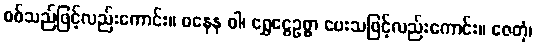
စစ်သည်ဖြင့်လည်းကောင်း။ ဓနေန ဝါ၊ ရွှေငွေဥစ္စာ ပေးသဖြင့်လည်းကောင်း။ ဇေတုံ၊